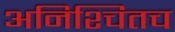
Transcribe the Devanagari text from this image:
अनिश्चितच